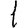
Digit: 1